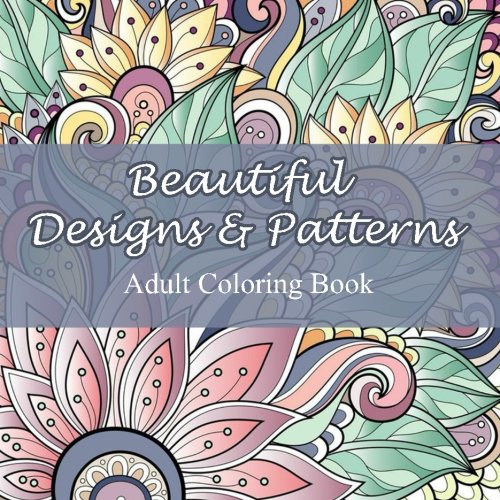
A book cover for Beautiful Designs and Patterns Adult Coloring Book (Sacred Mandala Designs and Patterns Coloring Books for Adults) (Volume 23); Lilt Kids Coloring Books; Arts & Photography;